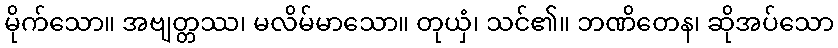
မိုက်သော။ အဗျတ္တဿ၊ မလိမ်မာသော။ တုယှံ၊ သင်၏။ ဘဏိတေန၊ ဆိုအပ်သော